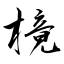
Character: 樈